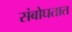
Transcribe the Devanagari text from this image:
संबोघतात